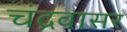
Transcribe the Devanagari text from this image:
चंद्रवासर